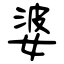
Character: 婆